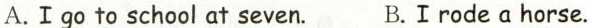
A. I go to school at seven. B. I rode a horse.